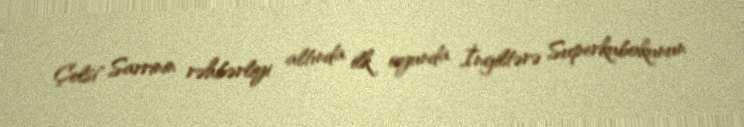
Çelsi" Sarrinin rəhbərliyi altında ilk oyunda İngiltərə Superkubokunun